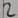
Text: 2